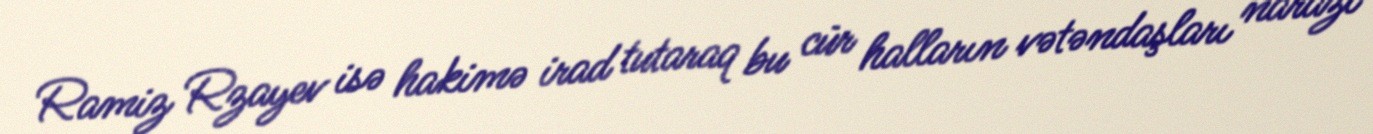
Ramiz Rzayev isə hakimə irad tutaraq bu cür halların vətəndaşları narazı